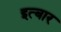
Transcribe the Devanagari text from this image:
इत्बार